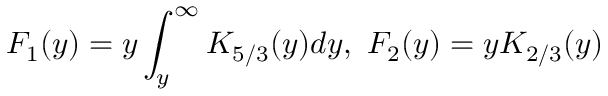
F _ { 1 } ( y ) = y \int _ { y } ^ { \infty } K _ { 5 / 3 } ( y ) d y , \ F _ { 2 } ( y ) = y K _ { 2 / 3 } ( y )